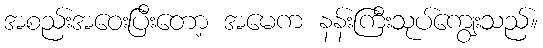
အစည်းအဝေးပြီးတော့ အမေက နန်းကြီးသုပ်ကျွေးသည်။